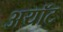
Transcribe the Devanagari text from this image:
अयॉट